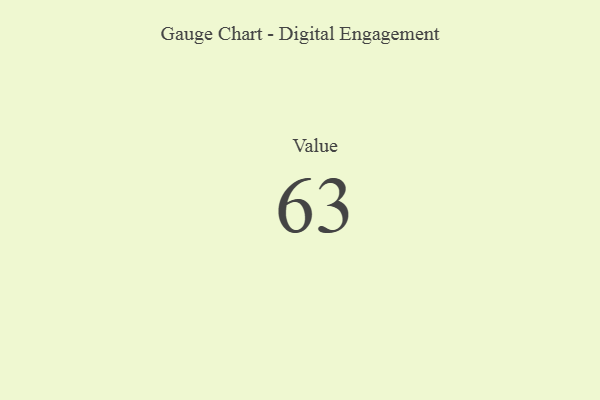
{"axis": {"x": "Metric", "y": "Value"}, "legend": [""], "data": [{"x": "Value", "y": 63, "type": ""}]}